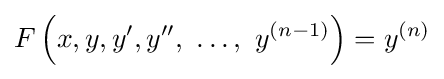
F\left(x,y,y',y'',\ \ldots ,\ y^{(n-1)}\right)=y^{(n)}